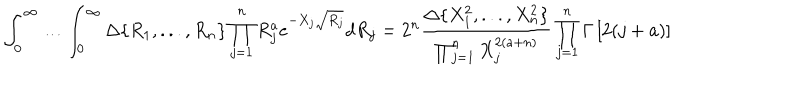
\int _ { 0 } ^ { \infty } \ldots \int _ { 0 } ^ { \infty } \Delta \{ R _ { 1 } , . . . , R _ { n } \} \prod _ { j = 1 } ^ { n } R _ { j } ^ { a } e ^ { - X _ { j } \sqrt { R _ { j } } } d R _ { j } = 2 ^ { n } \frac { \Delta \{ X _ { 1 } ^ { 2 } , . . . , X _ { n } ^ { 2 } \} } { \prod _ { j = 1 } ^ { n } X _ { j } ^ { 2 ( a + n ) } } \prod _ { j = 1 } ^ { n } \Gamma \left[ 2 ( j + a ) \right]